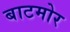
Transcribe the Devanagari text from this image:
बाटमोर